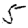
Digit: 5